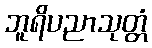
ဘူရိပညာသုတ္တံ